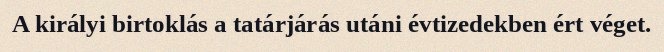
A királyi birtoklás a tatárjárás utáni évtizedekben ért véget.